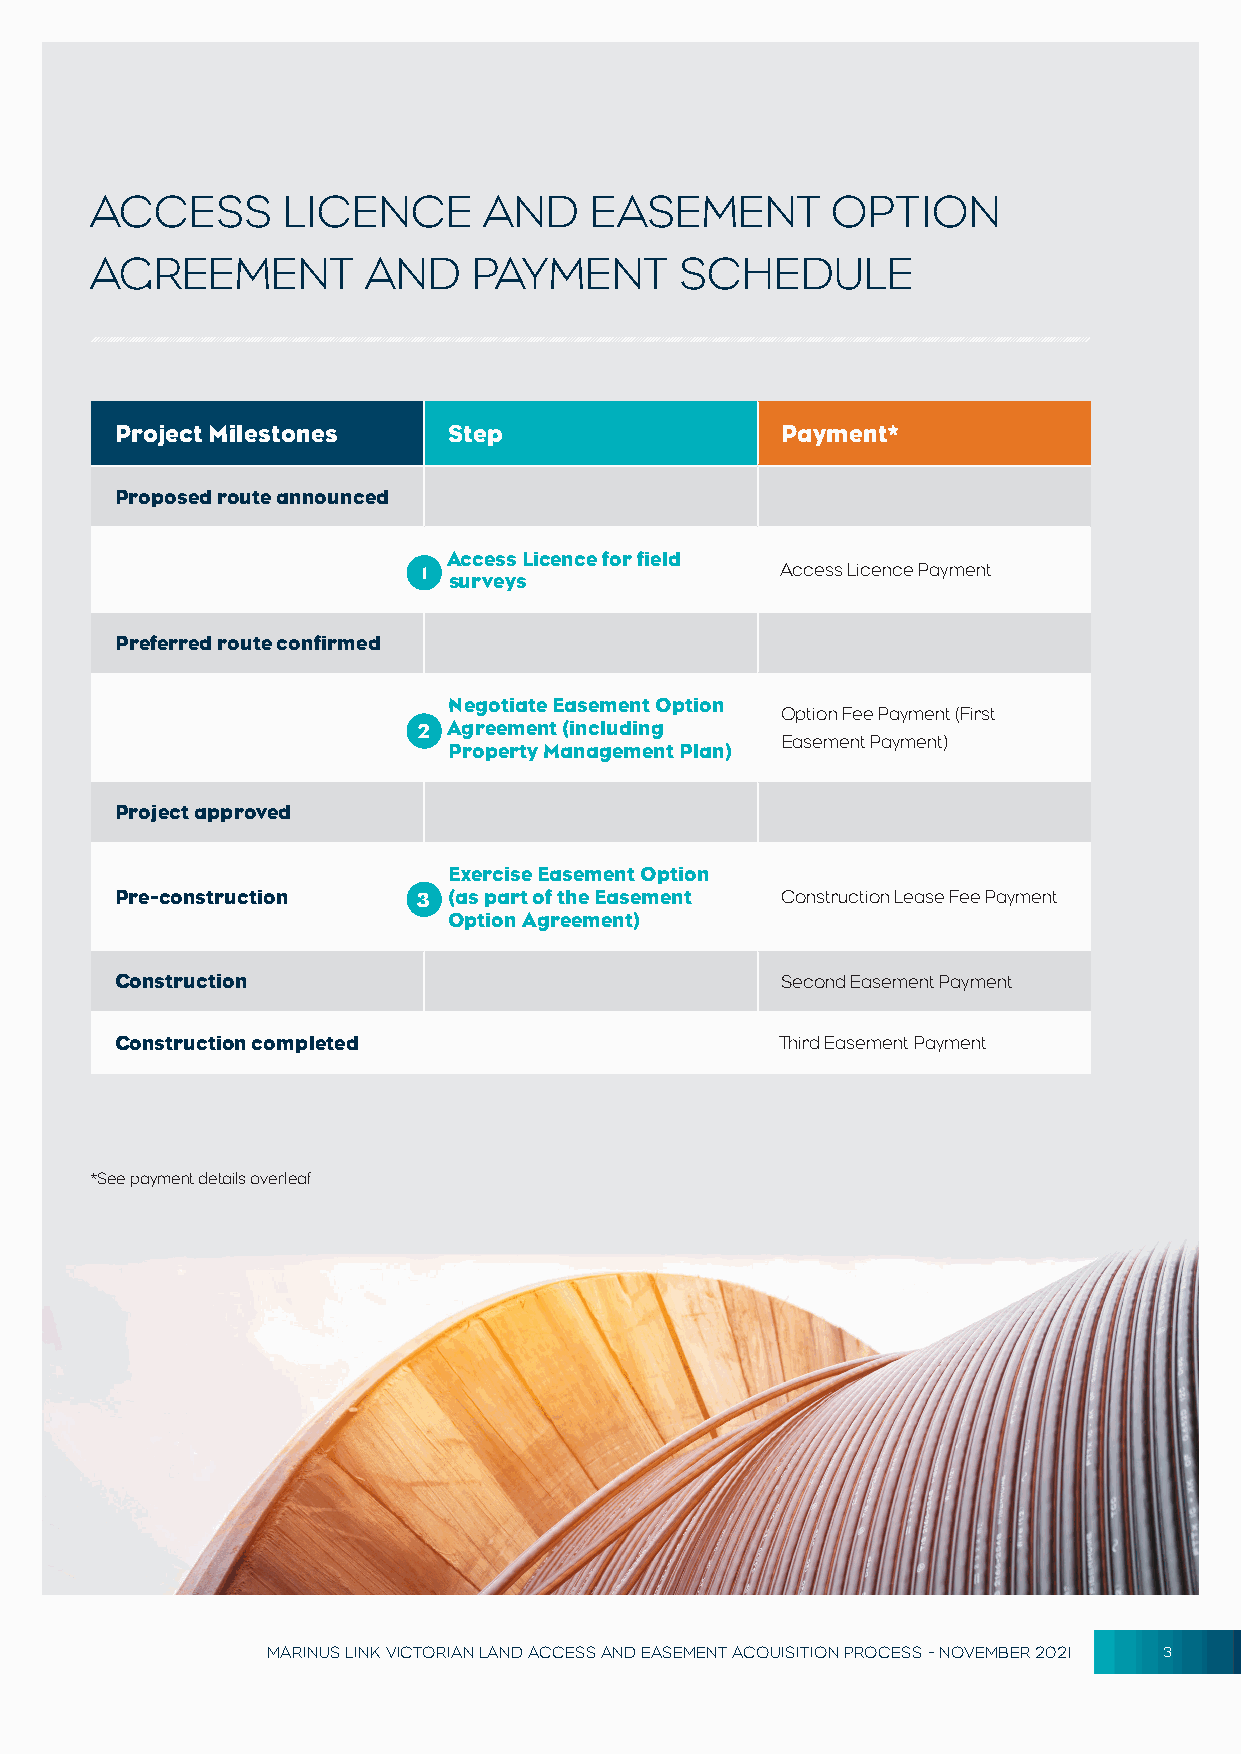
ACCESS       LICENCE      AND    EASEMENT        OPTION
 AGREEMENT         AND    PAYMENT       SCHEDULE
 Project Milestones    Step                  Payment*
 Proposed route announced
 Access Licence for field
 1                       Access Licence Payment
 surveys
 Preferred route confirmed
 Negotiate Easement Option
 Option Fee Payment (First
 2 Agreement (including
 Easement Payment)
 Property Management Plan)
 Project approved
 Exercise Easement Option
 Pre-construction    3 (as part of the Easement Construction Lease Fee Payment
 Option Agreement)
 Construction                                Second Easement Payment
 Construction completed                      Third Easement Payment
 *See payment details overleaf
 MARINUS LINK VICTORIAN LAND ACCESS AND EASEMENT ACQUISITION PROCESS - NOVEMBER 2021 3